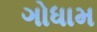
ગોધામ